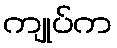
ကျုပ်က